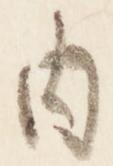
内